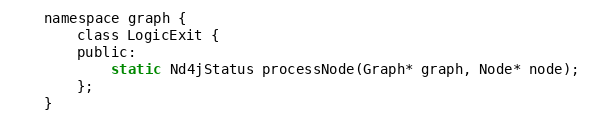
Language: C
    namespace graph {
        class LogicExit {
        public:
            static Nd4jStatus processNode(Graph* graph, Node* node);
        };
    }